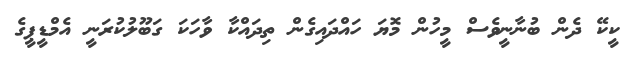
ކީކޭ ދެން ބުނާނީވެސް މީހުން މޮޔަ ހައްދައިގެން ތިދައްކާ ވާހަކަ ގަބޫލުކުރަނީ އެމްޑީޕީގެ